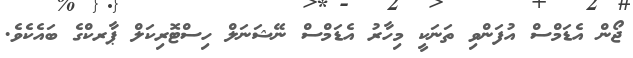
ޖޯން އެޑަމްސް އުފަންވި ތަނަކީ މިހާރު އެޑަމްސް ނޭޝަނަލް ހިސްޓޮރިކަލް ޕާރކްގެ ބައެކެވެ.